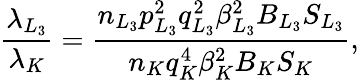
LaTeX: \frac{\lambda_{L_{3}}}{\lambda_{K}}=\frac{n_{L_{3}}p_{L_{3}}^{2}q_{L_{3}}^{2}\beta_{L_{3}}^{2}B_{L_{3}}S_{L_{3}}}{n_{K}q_{K}^{4}\beta_{K}^{2}B_{K}S_{K}},